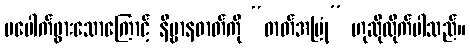
မပေါက်ဖွားသောကြောင့် နိဗ္ဗာနဓာတ်ကို “ဓာတ်အမြုံ” ဟုဆိုလိုက်ပါသည်။